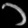
Digit: ၁